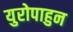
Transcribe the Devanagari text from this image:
युरोपाहुन